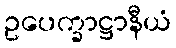
ဥပေက္ခာဋ္ဌာနီယံ